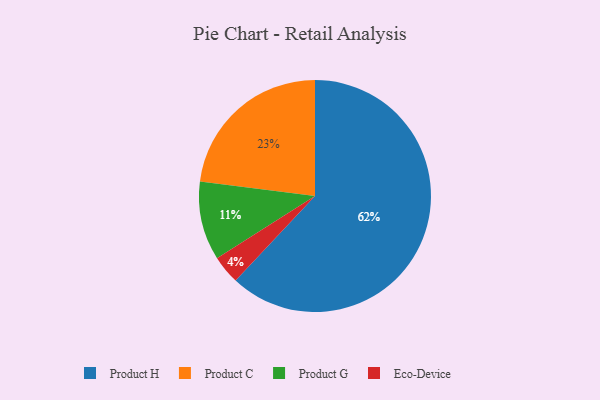
{"axis": {"x": "Category", "y": "Percentage"}, "legend": ["Eco-Device", "Product C", "Product G", "Product H"], "data": [{"x": "Eco-Device", "y": 4, "type": "Eco-Device"}, {"x": "Product C", "y": 23, "type": "Product C"}, {"x": "Product H", "y": 62, "type": "Product H"}, {"x": "Product G", "y": 11, "type": "Product G"}]}